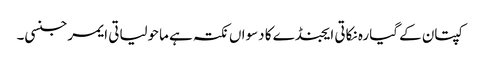
کپتان کے گیارہ نکاتی ایجنڈے کا دسواں نکتہ ہے ماحولیاتی ایمرجنسی۔